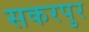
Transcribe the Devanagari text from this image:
सकरपुर